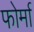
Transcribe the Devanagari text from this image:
फोर्मा